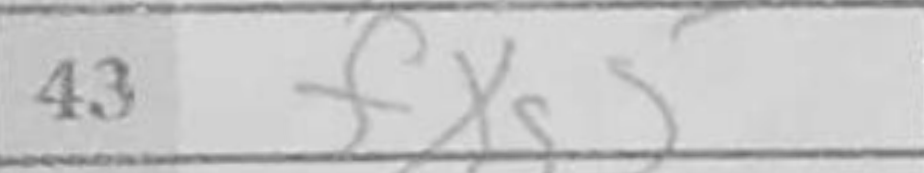
Transcription: fxg5